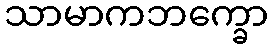
သာမာကဘက္ခော